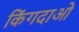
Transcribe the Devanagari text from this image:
किंगदाओ